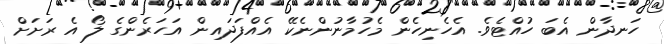
ހަނދާން އެބަ ހުއްޓެވެ. އެހެނިހެން މެހުމާނުންނެކޭ އެއްފަދައިން އަހަރެންގެ ލޯ އެ ރަށަށް